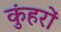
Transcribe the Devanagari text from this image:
कुंहरों